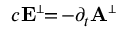
c { \bf E } ^ { \scriptscriptstyle \perp } \! \! = \! - \partial _ { t } { \bf A } ^ { \scriptscriptstyle \perp }